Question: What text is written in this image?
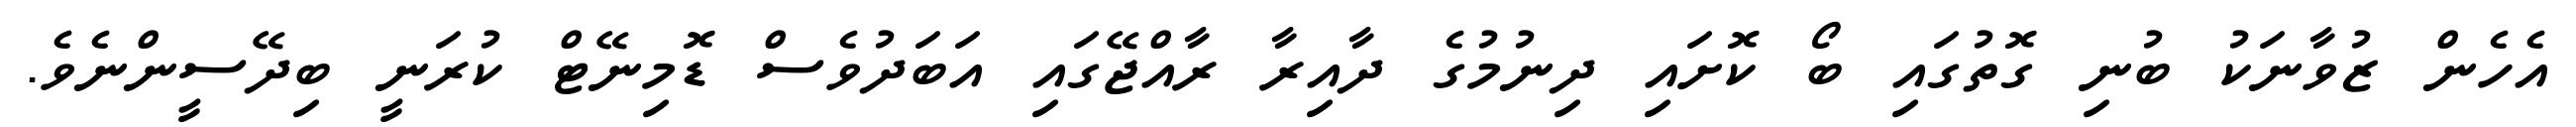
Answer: އެހެން ޒުވާނަކު ބުނި ގޮތުގައި ބޯ ކޮށައި ދިނުމުގެ ދާއިރާ ރާއްޖޭގައި އަބަދުވެސް ޑޮމިނޭޓް ކުރަނީ ބިދޭސީންނެވެ.